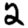
Digit: 2